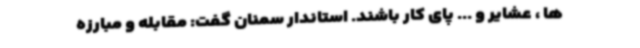
ها ، عشایر و ... پای کار باشند. استاندار سمنان گفت: مقابله و مبارزه